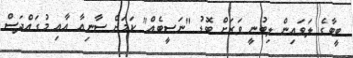
ބީބާގެ ލަވައިން ލިބުނީ ވަރަށް ބޮޑު "ނަސީބެއް" ކަމަށް ސާނިއާ އާއި މުގައްދަސް